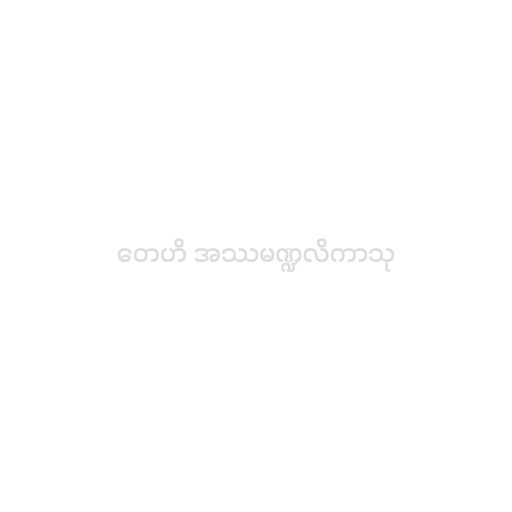
တေဟိ အဿမဏ္ဍလိကာသု